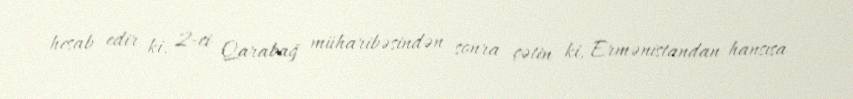
hesab edir ki, 2-ci Qarabağ müharibəsindən sonra çətin ki, Ermənistandan hansısa